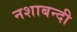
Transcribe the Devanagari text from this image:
नशाबन्दी